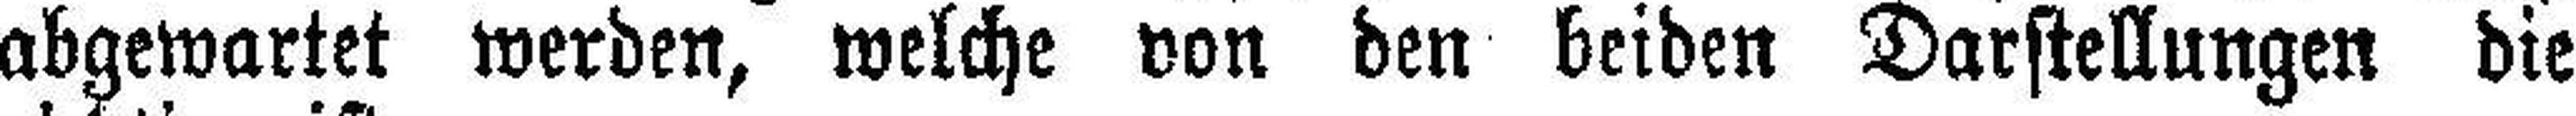
abgewartet werden, welche von den beiden Darstellungen die